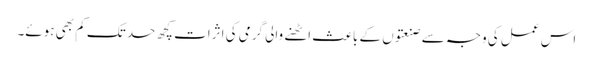
اس عمل کی وجہ سے صنعتوں کے باعث اٹھنے والی گرمی کی اثرات کچھ حد تک کم بھی ہوئے۔